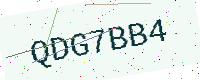
Text: QDG7BB4